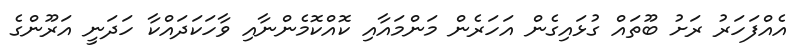
އެއްފަހަރު ރަށު ބޫތައް ގުޅައިގެން އަހަރެން މަންމައާއި ކޮއްކޮމެންނާއި ވާހަކަދައްކާ ހަދަނީ އަރޫންގެ